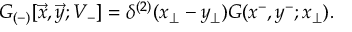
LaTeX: { \cal G } _ { ( - ) } [ \vec { x } , \vec { y } ; V _ { - } ] = \delta ^ { ( 2 ) } ( x _ { \perp } - y _ { \perp } ) { \cal G } ( x ^ { - } , y ^ { - } ; x _ { \perp } ) .